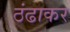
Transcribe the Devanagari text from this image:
ठंढाकर